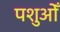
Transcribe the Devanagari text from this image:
पशुओँ